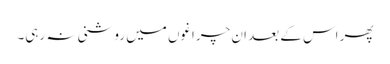
پھر اس کے بعد ان چراغوں میں روشنی نہ رہی۔